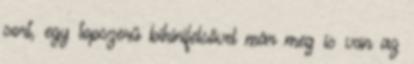
sort, egy topszerű bikinifelsővel már meg is van az